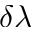
\delta \lambda